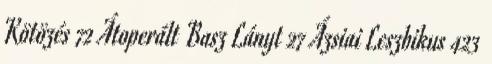
Kötözés 72 Átoperált Basz Lányt 27 Ázsiai Leszbikus 423